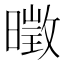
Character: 𱢨